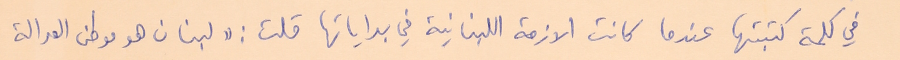
في كلمة كتبتها عندما كانت الازمة اللبنانية في بداياتها قلت : "لبنان هو موطن العدالة